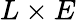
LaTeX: L\times E